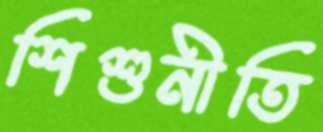
শিশুনীতি